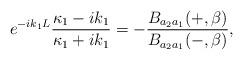
LaTeX: \begin{align*}e^{-ik_1L}\frac{\kappa_1-ik_1}{\kappa_1+ik_1}=-\frac{B_{a_2a_1}(+,\beta)}{B_{a_2a_1}(-,\beta)} ,\end{align*}